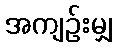
အကျဉ်းမျှ